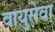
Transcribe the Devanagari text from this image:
वाय़ुसेवा